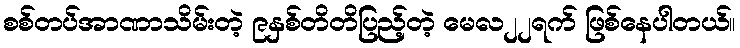
စစ်တပ်အာဏာသိမ်းတဲ့ ၉နှစ်တိတိပြည့်တဲ့ မေလ၂၂ရက် ဖြစ်နေပါတယ်။